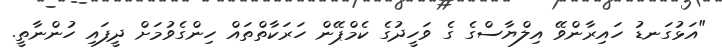
"އަޅުގަނޑު ހައިރާންވޭ އިލްޔާސްގެ ގެ ވަހީދުގެ ކެމްޕޭން ހަރަކާތްތައް ހިންގެވުމަށް ދީފައި ހުންނާތީ.